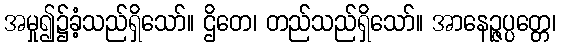
အမှု၍၌ခံ့သည်ရှိသော်။ ဌိတေ၊ တည်သည်ရှိသော်။ အာနေဉ္ဇပ္ပတ္တေ၊